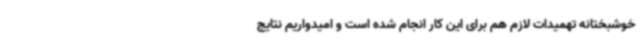
خوشبختانه تهمیدات لازم هم برای این کار انجام شده است و امیدواریم نتایج